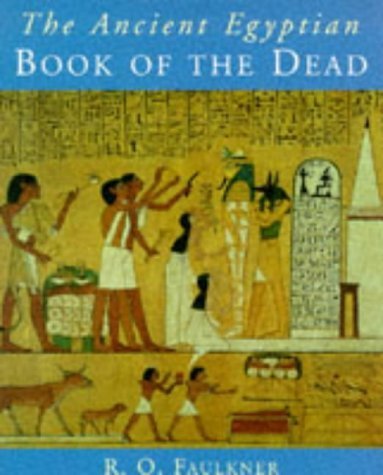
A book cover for The Ancient Egyptian Book of the Dead by Faulkner, R.O. (1989) Paperback; R.O. Faulkner; Religion & Spirituality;